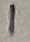
Text: 1